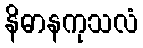
နိဓာနကုသလံ